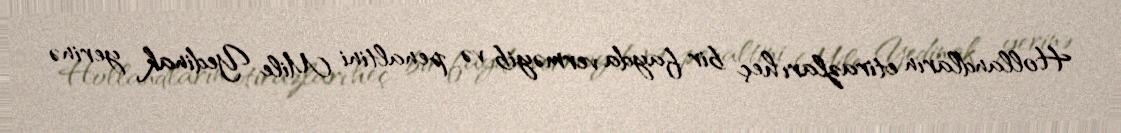
Hollandların etirazları heç bir fayda verməyib və penaltini Mile Yedinak yerinə